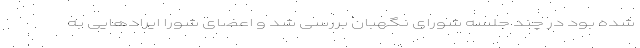
شده بود در چند جلسه شورای نگهبان بررسی شد و اعضای شورا ایرادهایی به